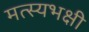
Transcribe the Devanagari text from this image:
मत्स्यभक्षी